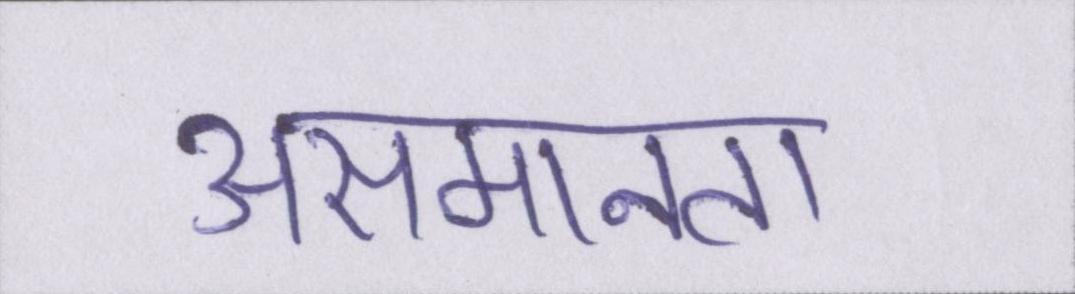
असमानता